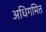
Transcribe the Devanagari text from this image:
अधिगमित